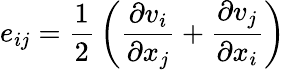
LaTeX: e_{ij}={\frac{1}{2}}\left({\frac{\partial v_{i}}{\partial x_{j}}}+{\frac{\partial v_{j}}{\partial x_{i}}}\right)